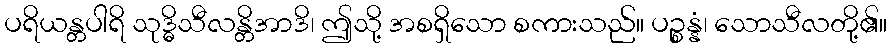
ပရိယန္တပါရိ သုဒ္ဓိသီလန္တိအာဒိ၊ ဤသို့ အစရှိသော စကားသည်။ ပဉ္စန္နံ၊ သောသီလတို့၏။